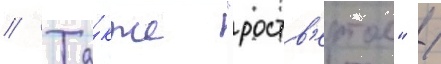
// Та́кже "роств'ертол" /